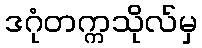
ဒဂုံတက္ကသိုလ်မှ